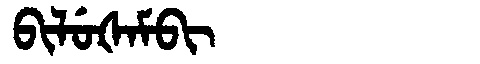
Manchu: ᠪᡳᠯᡠᡧᠠᠮᠪᡳ
Romanization: BILUŠAMBI